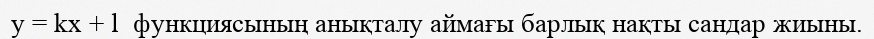
у = kx + l  функциясының анықталу аймағы барлық нақты сандар жиыны.